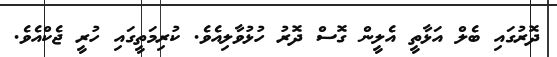
ދޮރުގައި ބެލް އަޅާތީ އެލީން ގޮސް ދޮރު ހުޅުވާލިއެވެ. ކުރިމަތީގައި ހުރީ ޖެކްއެވެ.